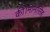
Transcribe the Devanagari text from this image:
की।मानसिंह